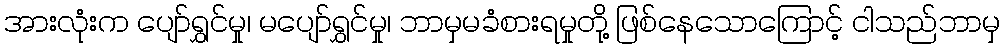
အားလုံးက ပျော်ရွှင်မှု၊ မပျော်ရွှင်မှု၊ ဘာမှမခံစားရမှုတို့ ဖြစ်နေသောကြောင့် ငါသည်ဘာမှ